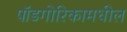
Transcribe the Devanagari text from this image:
पॉडगोरिकामधील